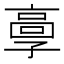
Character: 𩫃